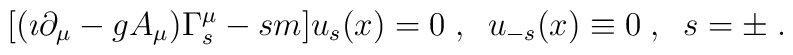
[(\imath\partial_\mu-gA_\mu)\Gamma^\mu_s-sm]u_s(x)=0\;,\;\;u_{-s}(x)\equiv 0\;,\;\;s=\pm\;.